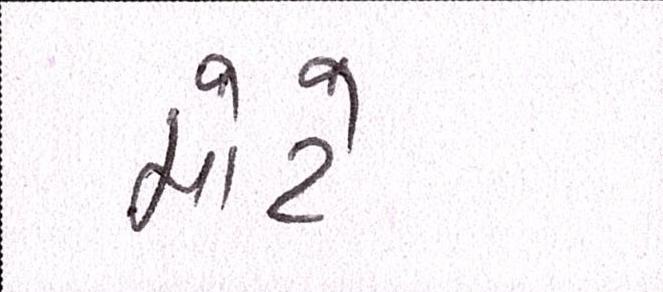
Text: મોટે